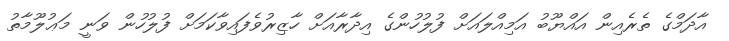
އާދަމްގެ ތެރެއިން އައްޔޫބު އަމިއްލައަށް ފުލުހުންގެ އިދާރާއަށް ހާޒިރުވެފައިވާކަމަށް ފުލުހުން ވަނީ މަޢުލޫމާތު